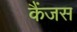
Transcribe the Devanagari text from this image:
कैंजस